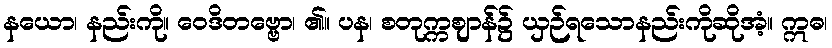
နယော၊ နည်းကို။ ဝေဒိတဗ္ဗော၊ ၏။ ပန၊ စတုက္ကဈာန်၌ ယှဉ်ရသောနည်းကိုဆိုအံ့။ ဣဓ၊